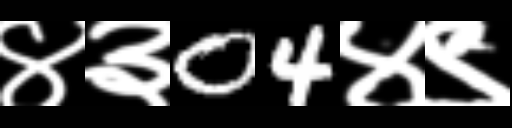
Text: ४३04४९